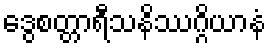
ဒွေစတ္တာရီသနိဿဂ္ဂိယာနံ